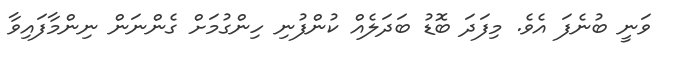
ވަނީ ބުނެފަ އެވެ. މިފަދަ ބޮޑު ބަދަލެއް ކުންފުނި ހިންގުމަށް ގެންނަން ނިންމާފައިވާ